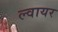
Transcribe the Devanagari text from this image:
ल्वायर